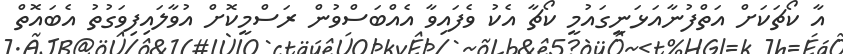
އާ ކޯޗަކަށް އަތްފުނާއަޅަނީގައުމީ ކޯޗާ އެކު ވެފައިވާ އެއްބަސްވުން ރަސްމީކޮށް އުވާލައިފިވަގުތު އެބައޮތް